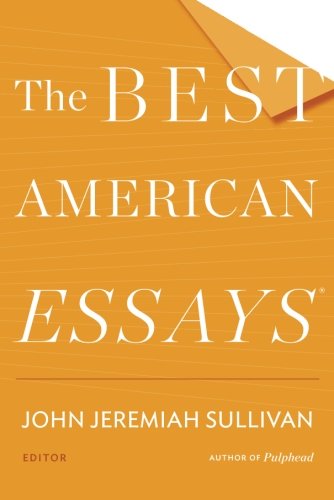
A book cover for The Best American Essays 2014; Literature & Fiction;